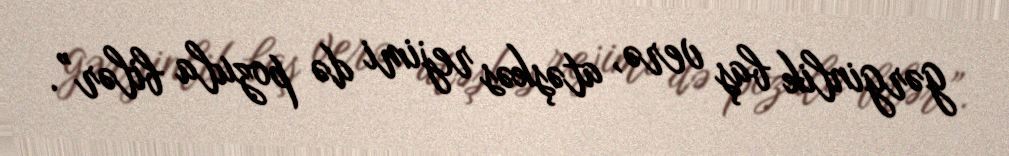
gərginlik baş verə, atəşkəs rejimi də pozula bilər”.